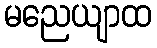
မညေယျာထ